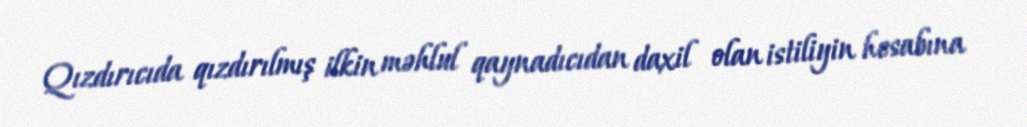
Qızdırıcıda qızdırılmış ilkin məhlul qaynadıcıdan daxil olan istiliyin hesabına